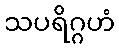
သပရိဂ္ဂဟံ